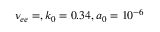
\nu _ { e e } = , k _ { 0 } = 0 . 3 4 , a _ { 0 } = 1 0 ^ { - 6 }